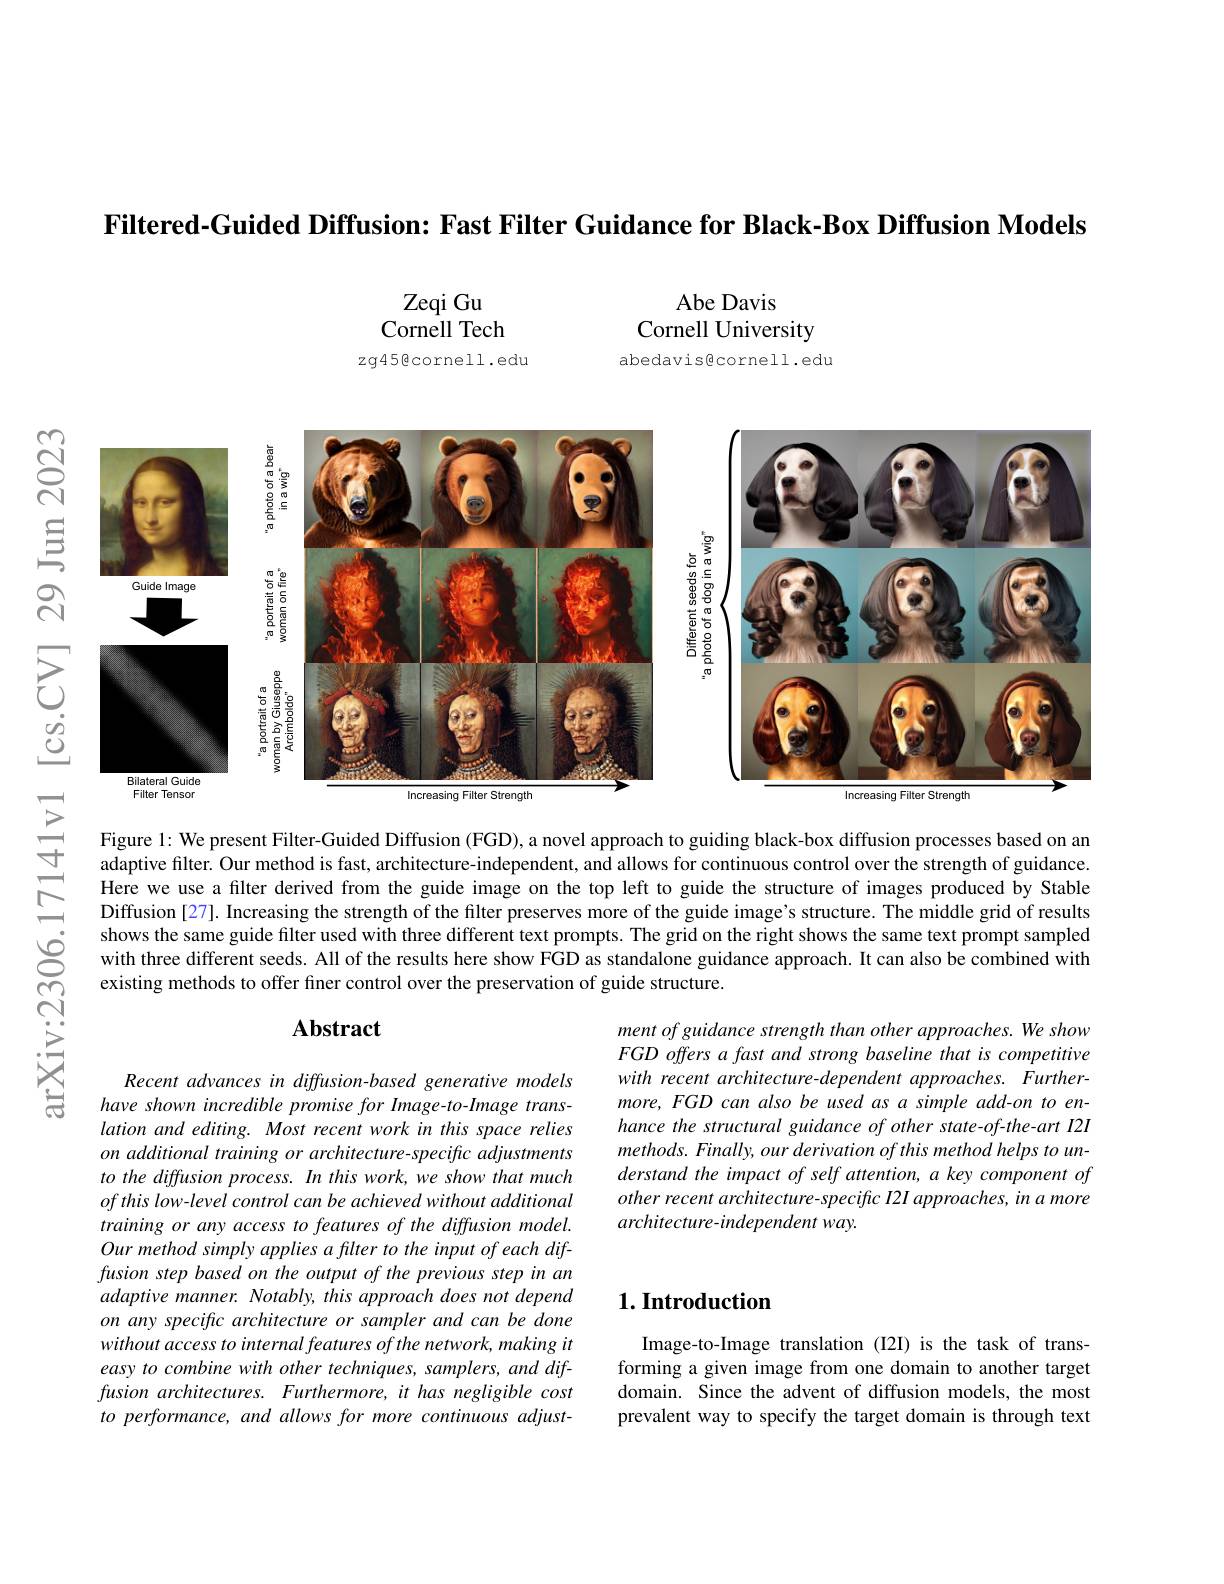
Filtered-Guided Diffusion: Fast Filter Guidance for Black-Box Diffusion Models

Abe Davis
Cornell University abedavisgcornell.edu

Zeqi Gu
Cornell Tech
zg45@cornell.edu

<FigureHere>

Figure 1: We present Filter-Guided Diffusion (FGD), a novel approach to guiding black-box diffusion processes based on an adaptive filter. Our method is fast, architecture-independent, and allows for continuous control over the strength of guidance Here we use a filter derived from the guide image on the top left to guide the structure of images produced by Stable Diffusion [27]. Increasing the strength of the filter preserves more of the guide image's structure. The middle grid of results shows the same guide filter used with three different text prompts. The grid on the right shows the same text prompt sampled with three different seeds. All of the results here show FGD as standalone guidance approach. It can also be combined with existing methods to offer fner control over the preservation of guide structure.

arXiv:2306.

### $\mathbf{Abstract}$

ment of guidance strength than other approaches. We show FGD offers a fast and strong baseline that is competitive with recent architecture-dependent approaches. Furthermore, FGD can also be used as a simple add-on to enhance the structural guidance of other state-of-the-art I2I $methods.Finally,ourderivationofthismethodhelpstoun-$ derstand the impact of self attention, a key component of other recent architecture-specific I2I approaches, in a more architecture-independent way.

Recent advances in diffusion-based generative models have shown incredible promise for Image-to-Image translation and editing. Most recent work in this space relies on additional training or architecture-specific adjustments to the diffusion process. In this work, we show that much $ofthis\textit{low- level control can be achieved without additional}$ training or any access to features of the diffusion model. Our method simply applies a filter to the input of each diffusion step based on the output of the previous step in an adaptive manner. Notably, this approach does not depend on any specific architecture or sampler and can be done without access to internal features of the network, making it easy to combine with other techniques, samplers, and diffusion architectures. Furthermore, it has negligible cost to performance, and allows for more continuous adjust-

## $1. \textbf{Introduction}$

Image-to-Image translation (I2I) is the task of transforming a given image from one domain to another target domain. Since the advent of diffusion models, the most prevalent way to specify the target domain is through text